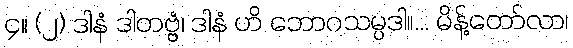
၄။ (၂) ဒါနံ ဒါတဗ္ဗံ၊ ဒါနံ ဟိ ဘောဂသမ္ပဒါ။... မိန့်တော်လာ၊